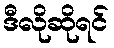
ဒီလိုဆိုရင်